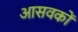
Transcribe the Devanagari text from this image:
आसवकों